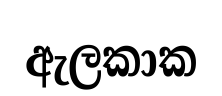
ඇලකාක